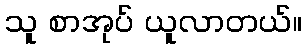
သူ စာအုပ် ယူလာတယ်။